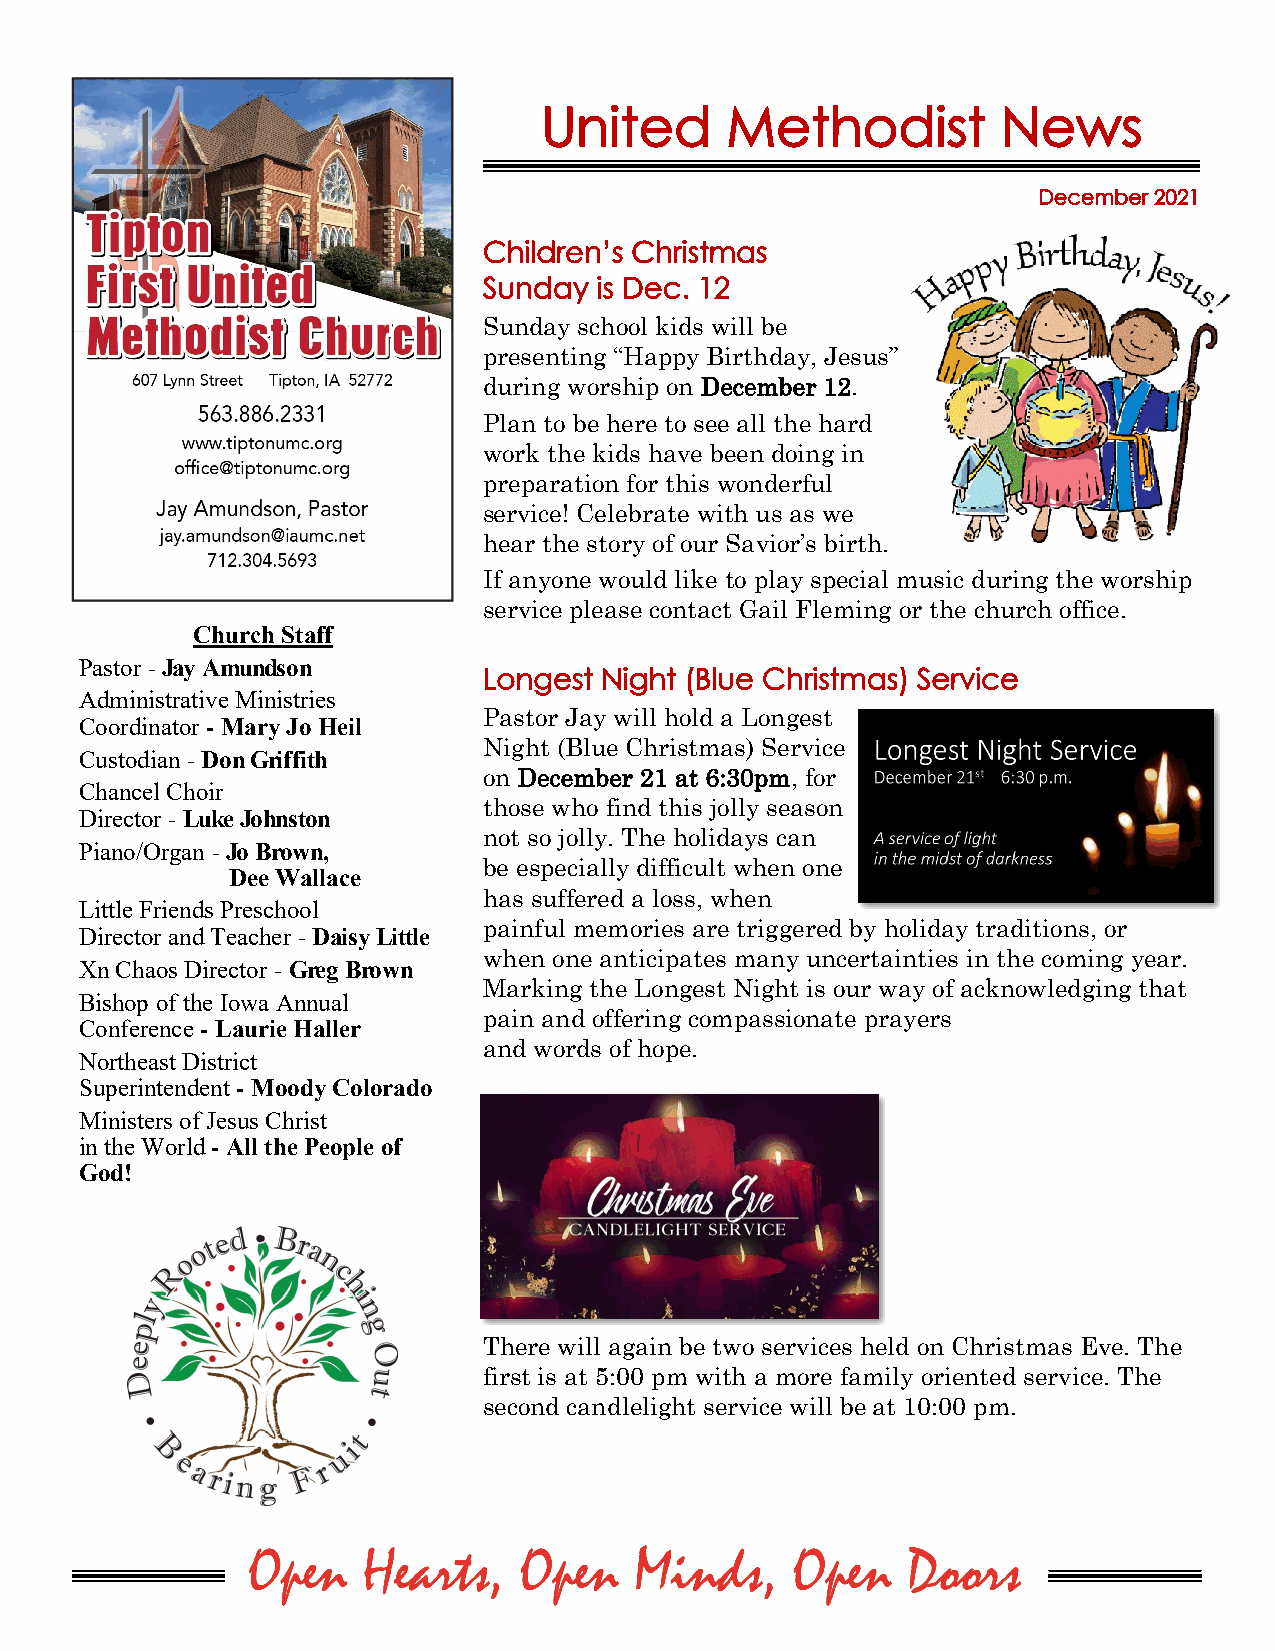
United      Methodist         News
 December 2021
 Children’s Christmas
 Sunday is Dec. 12
 Sunday school kids will be
 presenting “Happy Birthday, Jesus”
 during worship on December 12.
 Plan to be here to see all the hard
 work the kids have been doing in
 preparation for this wonderful
 service! Celebrate with us as we
 hear the story of our Savior’s birth.
 If anyone would like to play special music during the worship
 service please contact Gail Fleming or the church office.
 Church Staff
 Pastor - Jay Amundson
 Longest Night (Blue Christmas) Service
 Administrative Ministries
 Pastor Jay will hold a Longest
 Coordinator - Mary Jo Heil
 Night (Blue Christmas) Service
 Custodian - Don Griffith
 on December 21 at 6:30pm, for
 Chancel Choir
 those who find this jolly season
 Director - Luke Johnston
 not so jolly. The holidays can
 Piano/Organ - Jo Brown,
 be especially difficult when one
 Dee Wallace
 has suffered a loss, when
 Little Friends Preschool
 painful memories are triggered by holiday traditions, or
 Director and Teacher - Daisy Little
 when one anticipates many uncertainties in the coming year.
 Xn Chaos Director - Greg Brown
 Marking the Longest Night is our way of acknowledging that
 Bishop of the Iowa Annual
 pain and offering compassionate prayers
 Conference - Laurie Haller
 and words of hope.
 Northeast District
 Superintendent - Moody Colorado
 Ministers of Jesus Christ
 in the World - All the People of
 God!
 There will again be two services held on Christmas Eve. The
 first is at 5:00 pm with a more family oriented service. The
 second candlelight service will be at 10:00 pm.